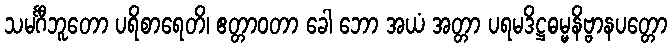
သမင်္ဂီဘူတော ပရိစာရေတိ၊ ဧတ္တာဝတာ ခေါ ဘော အယံ အတ္တာ ပရမဒိဋ္ဌဓမ္မနိဗ္ဗာနပတ္တော